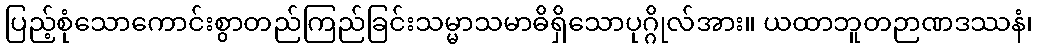
ပြည့်စုံသောကောင်းစွာတည်ကြည်ခြင်းသမ္မာသမာဓိရှိသောပုဂ္ဂိုလ်အား။ ယထာဘူတဉာဏဒဿနံ၊